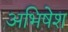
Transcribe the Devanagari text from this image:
अभिषेश